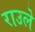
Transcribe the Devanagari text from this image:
राउले